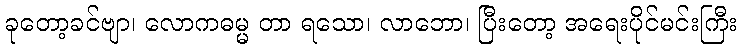
ခုတော့ခင်ဗျာ၊ လောကဓမ္မ တာ ရသော၊ လာဘော၊ ပြီးတော့ အရေးပိုင်မင်းကြီး